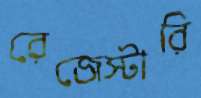
রেজেস্টারি